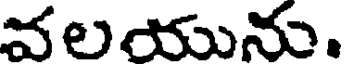
వలయును.